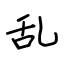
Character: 乱